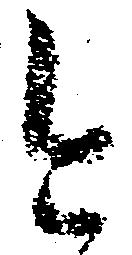
今